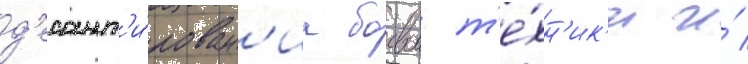
д'есант'и́рован'иа боевои т'е́хн'ик'и и́